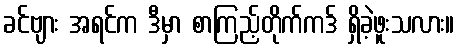
ခင်ဗျား အရင်က ဒီမှာ စာကြည့်တိုက်ကဒ် ရှိခဲ့ဖူးသလား။